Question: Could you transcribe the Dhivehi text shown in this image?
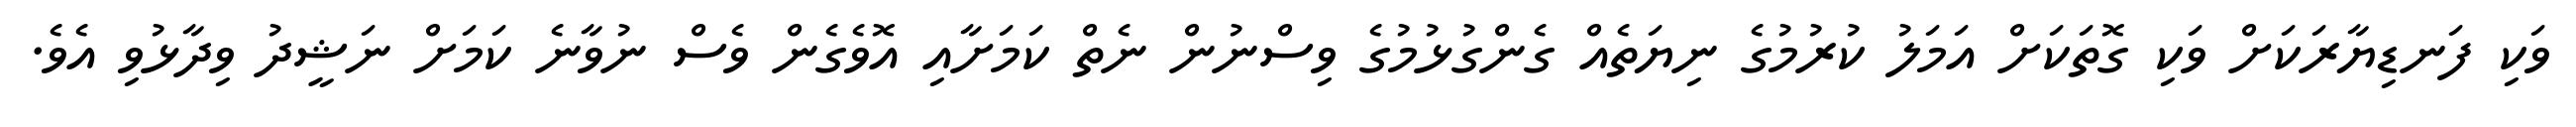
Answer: ވަކި ފަނޑިޔާރަކަށް ވަކި ގޮތަކަށް އަމަލު ކުރުމުގެ ނިޔަތެއް ގެންގުޅުމުގެ ވިސްނުން ނެތް ކަމަށާއި އޮވެގެން ވެސް ނުވާނެ ކަމަށް ނަޝީދު ވިދާޅުވި އެވެ.